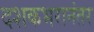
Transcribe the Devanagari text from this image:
दशकभरानंतर